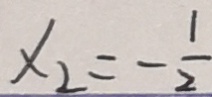
x _ { 2 } = - \frac { 1 } { 2 }